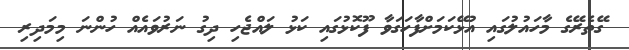
ގޭތެރޭގެ މާހައުލުގައި އުޅޭކަމަށްފާހަގަވާ ފޫކޮޅުގައި ކަޅު ލައްޖެހި ދިގު ނަރުވައެއް ހުންނަ މިމަދިރި